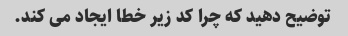
توضیح دهید که چرا کد زیر خطا ایجاد می کند.